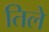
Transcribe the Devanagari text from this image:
तिले